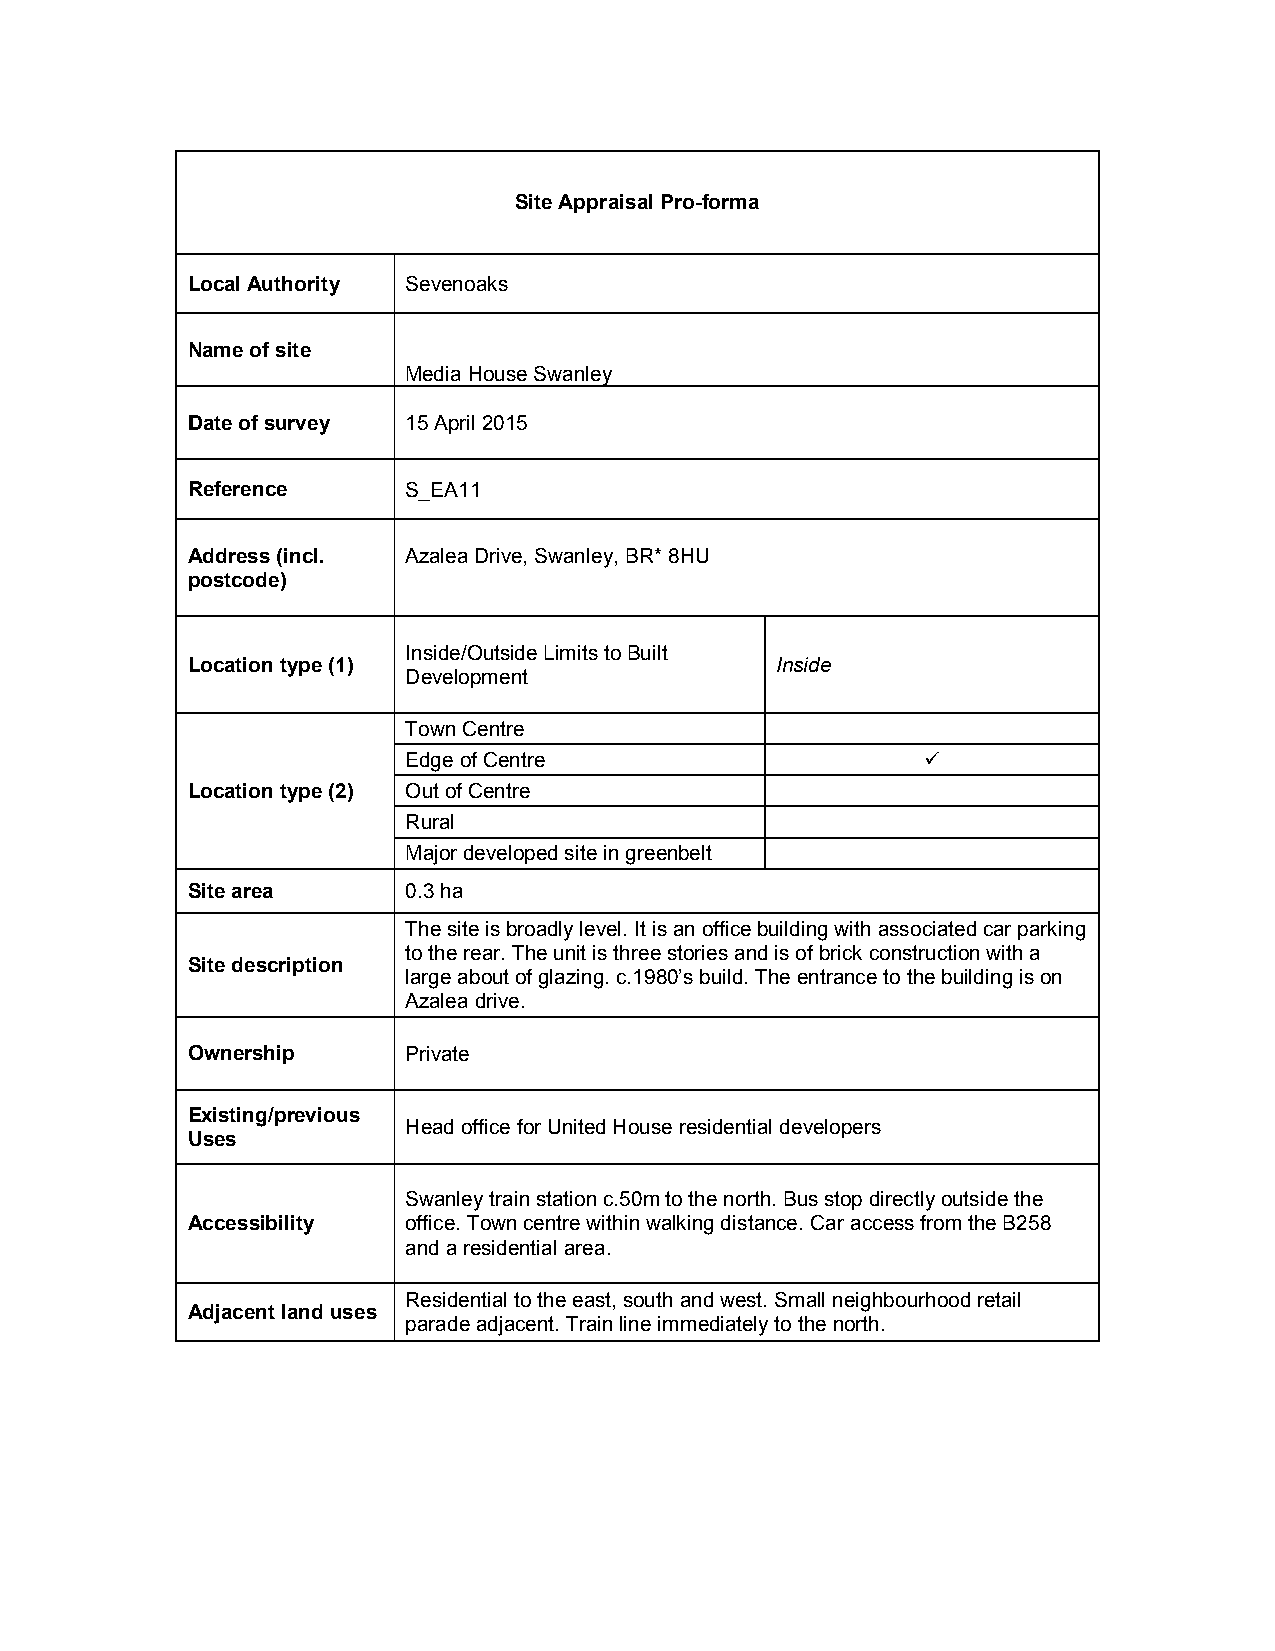
Site Appraisal Pro-forma
 Local Authority Sevenoaks
 Name of site
 Media House Swanley
 Date of survey 15 April 2015
 Reference      S_EA11
 Address (incl. Azalea Drive, Swanley, BR* 8HU
 postcode)
 Inside/Outside Limits to Built
 Location type (1)                      Inside
 Development
 Town Centre
 Edge of Centre                    
 Location type (2) Out of Centre
 Rural
 Major developed site in greenbelt
 Site area      0.3 ha
 The site is broadly level. It is an office building with associated car parking
 to the rear. The unit is three stories and is of brick construction with a
 Site description
 large about of glazing. c.1980’s build. The entrance to the building is on
 Azalea drive.
 Ownership      Private
 Existing/previous
 Head office for United House residential developers
 Uses
 Swanley train station c.50m to the north. Bus stop directly outside the
 Accessibility  office. Town centre within walking distance. Car access from the B258
 and a residential area.
 Residential to the east, south and west. Small neighbourhood retail
 Adjacent land uses
 parade adjacent. Train line immediately to the north.